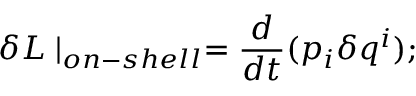
\delta L \mid _ { o n - s h e l l } = \frac { d } { d t } ( p _ { i } \delta q ^ { i } ) ;